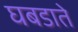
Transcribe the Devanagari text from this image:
घबडाते